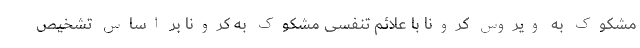
مشکوک به ویروس کرونا با علائم تنفسی مشکوک به کرونا بر اساس تشخیص